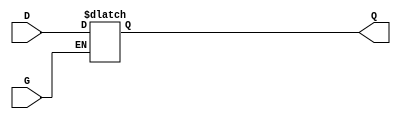
module GatedTransparentLatch (
    input wire D,    // Data Input
    input wire G,    // Gate/Control Input
    output reg Q     // Output
);

// Always block to implement the latch behavior
always @(*) begin
    if (G) begin
        Q = D;      // When G is high, Q follows D
    end else begin
        // When G is low, Q retains its last value
        // No assignment needed here, as Q will hold its value
    end
end

endmodule